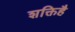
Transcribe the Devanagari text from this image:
शक्तिहै